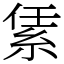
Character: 䋕